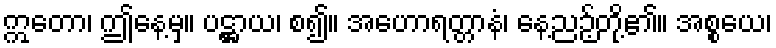
ဣတော၊ ဤနေ့မှ။ ပဋ္ဌာယ၊ စ၍။ အဟောရတ္တာနံ၊ နေ့ညဉ့်တို့၏။ အစ္စယေ၊